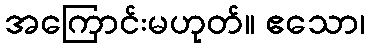
အကြောင်းမဟုတ်။ ဧသော၊